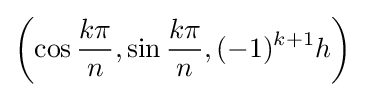
\left(\cos {\frac {k\pi }{n}},\sin {\frac {k\pi }{n}},(-1)^{k+1}h\right)